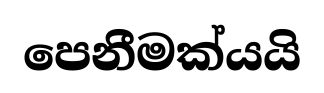
පෙනීමක්යයි